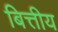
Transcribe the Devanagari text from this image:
बित्तीय